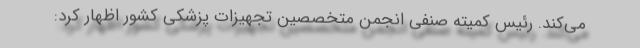
می‌کند. رئیس کمیته صنفی انجمن متخصصین تجهیزات پزشکی کشور اظهار کرد: